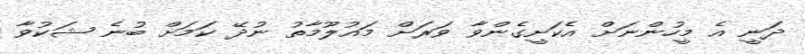
ދަނީ އެ މީހުންނަށް އެކަށީގެންވާ ވަރަށް މައުލޫމާތު ނުދޭ ކަމަށް ބުނެ ޝަކުވާ